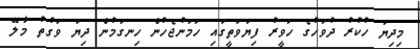
މިދިޔަ ހުކުރު ދުވަހުގެ ހަވީރު ފިޔަވަތީގައި ހަމަނުޖެހުން ހިނގަމުން ދިޔަ ވަގުތު މާލޭ